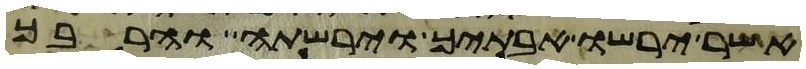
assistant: אשר ירשו אבתיך וירשתה והרבך